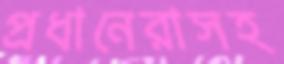
প্রধানেরাসহ